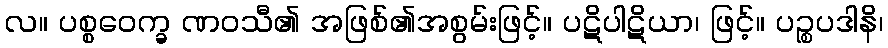
လ။ ပစ္စဝေက္ခ ဏဝသီ၏ အဖြစ်၏အစွမ်းဖြင့်။ ပဋိပါဋိယာ၊ ဖြင့်။ ပဉ္စပဒါနိ၊